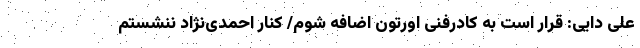
علی دایی: قرار است به کادرفنی اورتون اضافه شوم/ کنار احمدی‌نژاد ننشستم